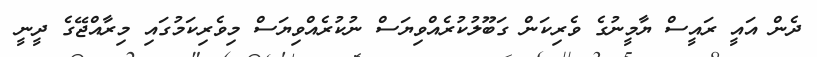
ދެން އައީ ރައީސް ޔާމީނުގެ ވެރިކަން ގަބޫލުކުރެއްވިޔަސް ނުކުރެއްވިޔަސް މިވެރިކަމުގައި މިރާއްޖޭގެ ދީނީ